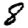
Digit: 8